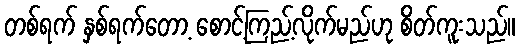
တစ်ရက် နှစ်ရက်တော့ စောင့်ကြည့်လိုက်မည်ဟု စိတ်ကူးသည်။